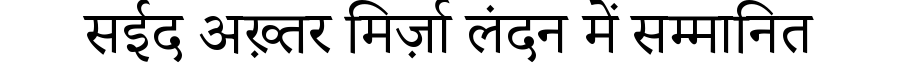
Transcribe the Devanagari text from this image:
सईद अख़्तर मिर्ज़ा लंदन में सम्मानित